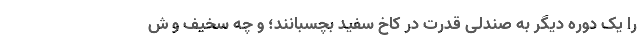
را یک دوره دیگر به صندلی قدرت در کاخ سفید بچسبانند؛ و چه سخیف و ش